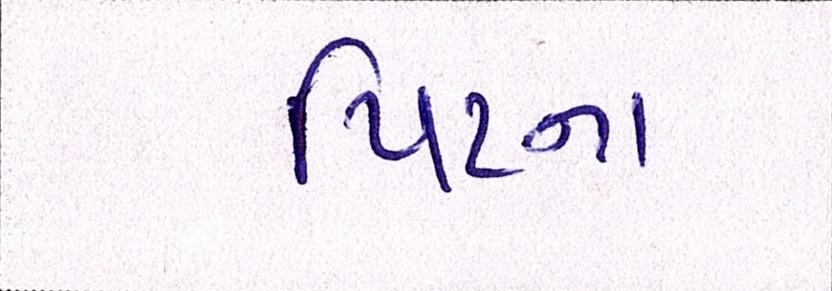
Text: પિટના